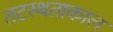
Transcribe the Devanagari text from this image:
तटस्थताकाल